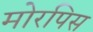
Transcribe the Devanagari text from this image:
मोरपिस